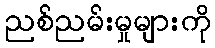
ညစ်ညမ်းမှုများကို